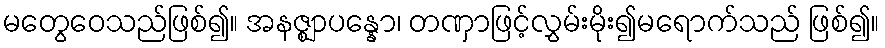
မတွေဝေသည်ဖြစ်၍။ အနဇ္ဈာပန္နော၊ တဏှာဖြင့်လွှမ်းမိုး၍မရောက်သည် ဖြစ်၍။